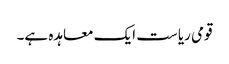
قومی ریاست ایک معاہدہ ہے۔